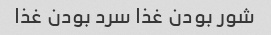
شور بودن غذا سرد بودن غذا